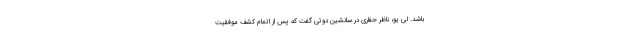
باشد. لی یو، ناظر حفاری در سانشین دوئی گفت که پس از اتمام کشف موفقیت